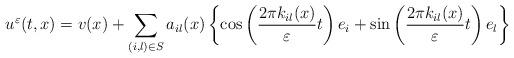
LaTeX: \begin{align*}u^\varepsilon(t,x) = v(x) + \sum_{(i,l)\in S} a_{il}(x)\left\{\cos\left(\frac{2\pi k_{il}(x) }{\varepsilon}t\right)e_i+\sin\left(\frac{2\pi k_{il}(x) }{\varepsilon}t\right)e_l\right\}\end{align*}